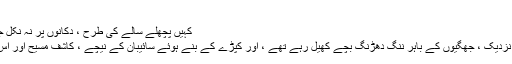
" سیٹھ بولا
کہیں پچھلے سالے کی طرح ، دکانوں پر نہ نکل جائے ، بہت شرمندگی ہو گی "
یہاں سے کچھ دور بھٹے کے نزدیک ، جھگیوں کے باہر ننگ دھڑنگ بچے کھیل رہے تھے ، اور کپڑے کے بنے ہوئے سائیبان کے نیچے ، کاشف مسیح اور اُس کی بیوی بیٹھے ہوئے تھے ۔